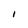
Character: 1